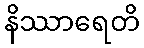
နိဿာရေတိ